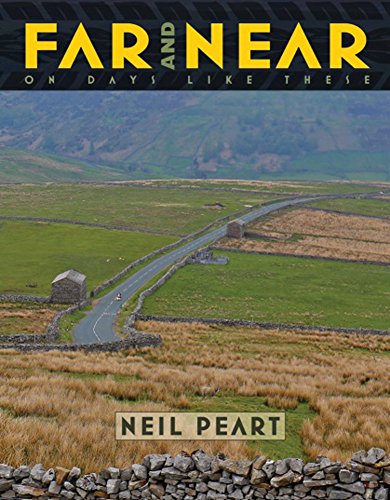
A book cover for Far and Near: On Days Like These; Neil Peart; Engineering & Transportation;